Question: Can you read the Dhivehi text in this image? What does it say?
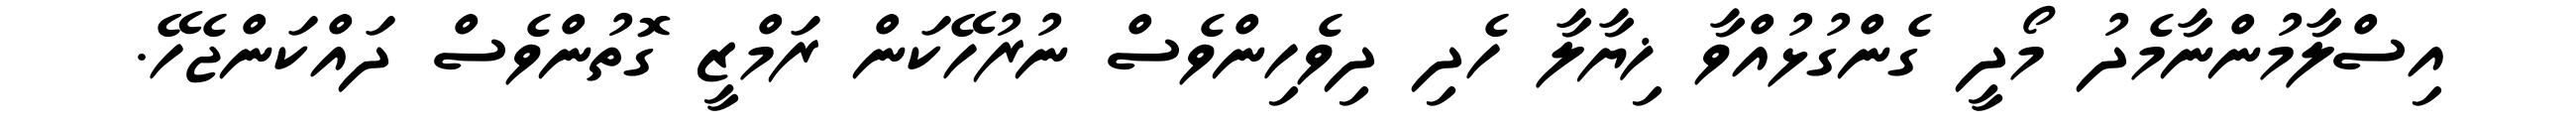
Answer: އިސްލާމުންނާމެދު މޯދީ ގެންގުޅުއްވާ ޚިޔާލާ ހެދި ދިވެހިންވެސް ނުރުހޭކަން ރަމްޒީ ގޮތުންވެސް ދައްކަންޖެހޭ.